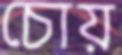
চোয়